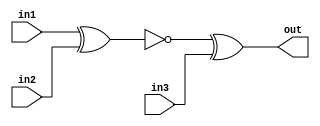
module top_module (
    input in1,
    input in2,
    input in3,
    output out);
    wire a;
    xnor g1 (a,in1,in2);
    xor g2 (out,a,in3);

endmodule